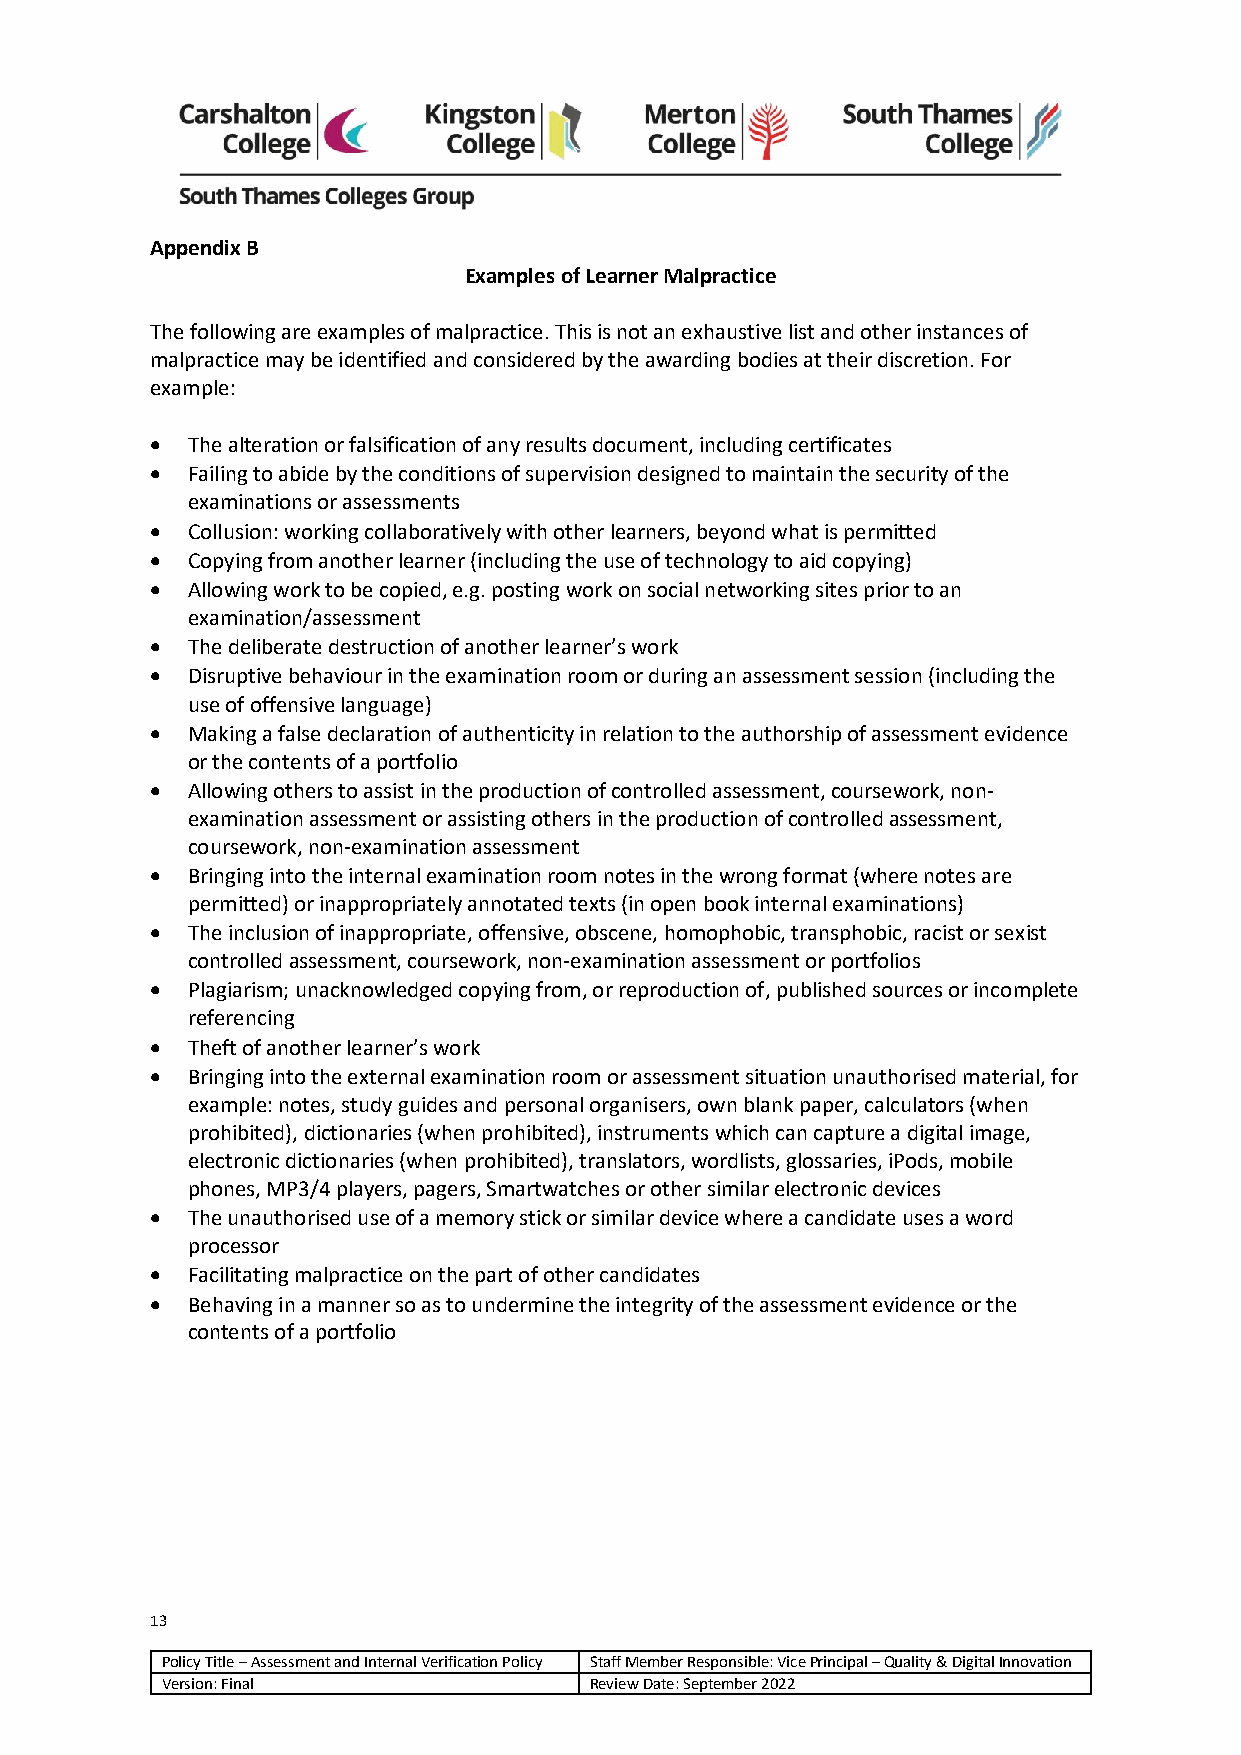
Appendix B
 Examples of Learner Malpractice
 The following are examples of malpractice. This is not an exhaustive list and other instances of
 malpractice may be identified and considered by the awarding bodies at their discretion. For
 example:
 • The alteration or falsification of any results document, including certificates
 • Failing to abide by the conditions of supervision designed to maintain the security of the
 examinations or assessments
 • Collusion: working collaboratively with other learners, beyond what is permitted
 • Copying from another learner (including the use of technology to aid copying)
 • Allowing work to be copied, e.g. posting work on social networking sites prior to an
 examination/assessment
 • The deliberate destruction of another learner’s work
 • Disruptive behaviour in the examination room or during an assessment session (including the
 use of offensive language)
 • Making a false declaration of authenticity in relation to the authorship of assessment evidence
 or the contents of a portfolio
 • Allowing others to assist in the production of controlled assessment, coursework, non-
 examination assessment or assisting others in the production of controlled assessment,
 coursework, non-examination assessment
 • Bringing into the internal examination room notes in the wrong format (where notes are
 permitted) or inappropriately annotated texts (in open book internal examinations)
 • The inclusion of inappropriate, offensive, obscene, homophobic, transphobic, racist or sexist
 controlled assessment, coursework, non-examination assessment or portfolios
 • Plagiarism; unacknowledged copying from, or reproduction of, published sources or incomplete
 referencing
 • Theft of another learner’s work
 • Bringing into the external examination room or assessment situation unauthorised material, for
 example: notes, study guides and personal organisers, own blank paper, calculators (when
 prohibited), dictionaries (when prohibited), instruments which can capture a digital image,
 electronic dictionaries (when prohibited), translators, wordlists, glossaries, iPods, mobile
 phones, MP3/4 players, pagers, Smartwatches or other similar electronic devices
 • The unauthorised use of a memory stick or similar device where a candidate uses a word
 processor
 • Facilitating malpractice on the part of other candidates
 • Behaving in a manner so as to undermine the integrity of the assessment evidence or the
 contents of a portfolio
 13
 Policy Title – Assessment and Internal Verification Policy Staff Member Responsible: Vice Principal – Quality & Digital Innovation
 Version: Final              Review Date: September 2022